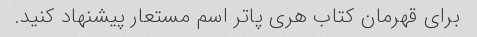
برای قهرمان کتاب هری پاتر اسم مستعار پیشنهاد کنید.